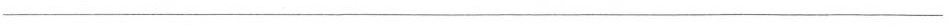
___